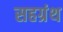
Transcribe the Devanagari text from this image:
सहग्रंथ